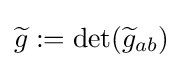
{\widetilde {g}}:=\det({\widetilde {g}}_{ab})